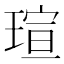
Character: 瑄